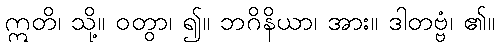
ဣတိ၊ သို့။ ဝတွာ၊ ၍။ ဘဂိနိယာ၊ အား။ ဒါတဗ္ဗံ၊ ၏။